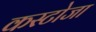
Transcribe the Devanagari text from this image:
कस्टोजा